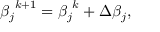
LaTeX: { \beta _ { j } } ^ { k + 1 } = { \beta _ { j } } ^ { k } + \Delta \beta _ { j } ,